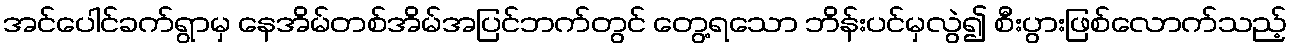
အင်ပေါင်ခက်ရွာမှ နေအိမ်တစ်အိမ်အပြင်ဘက်တွင် တွေ့ရသော ဘိန်းပင်မှလွဲ၍ စီးပွားဖြစ်လောက်သည့်